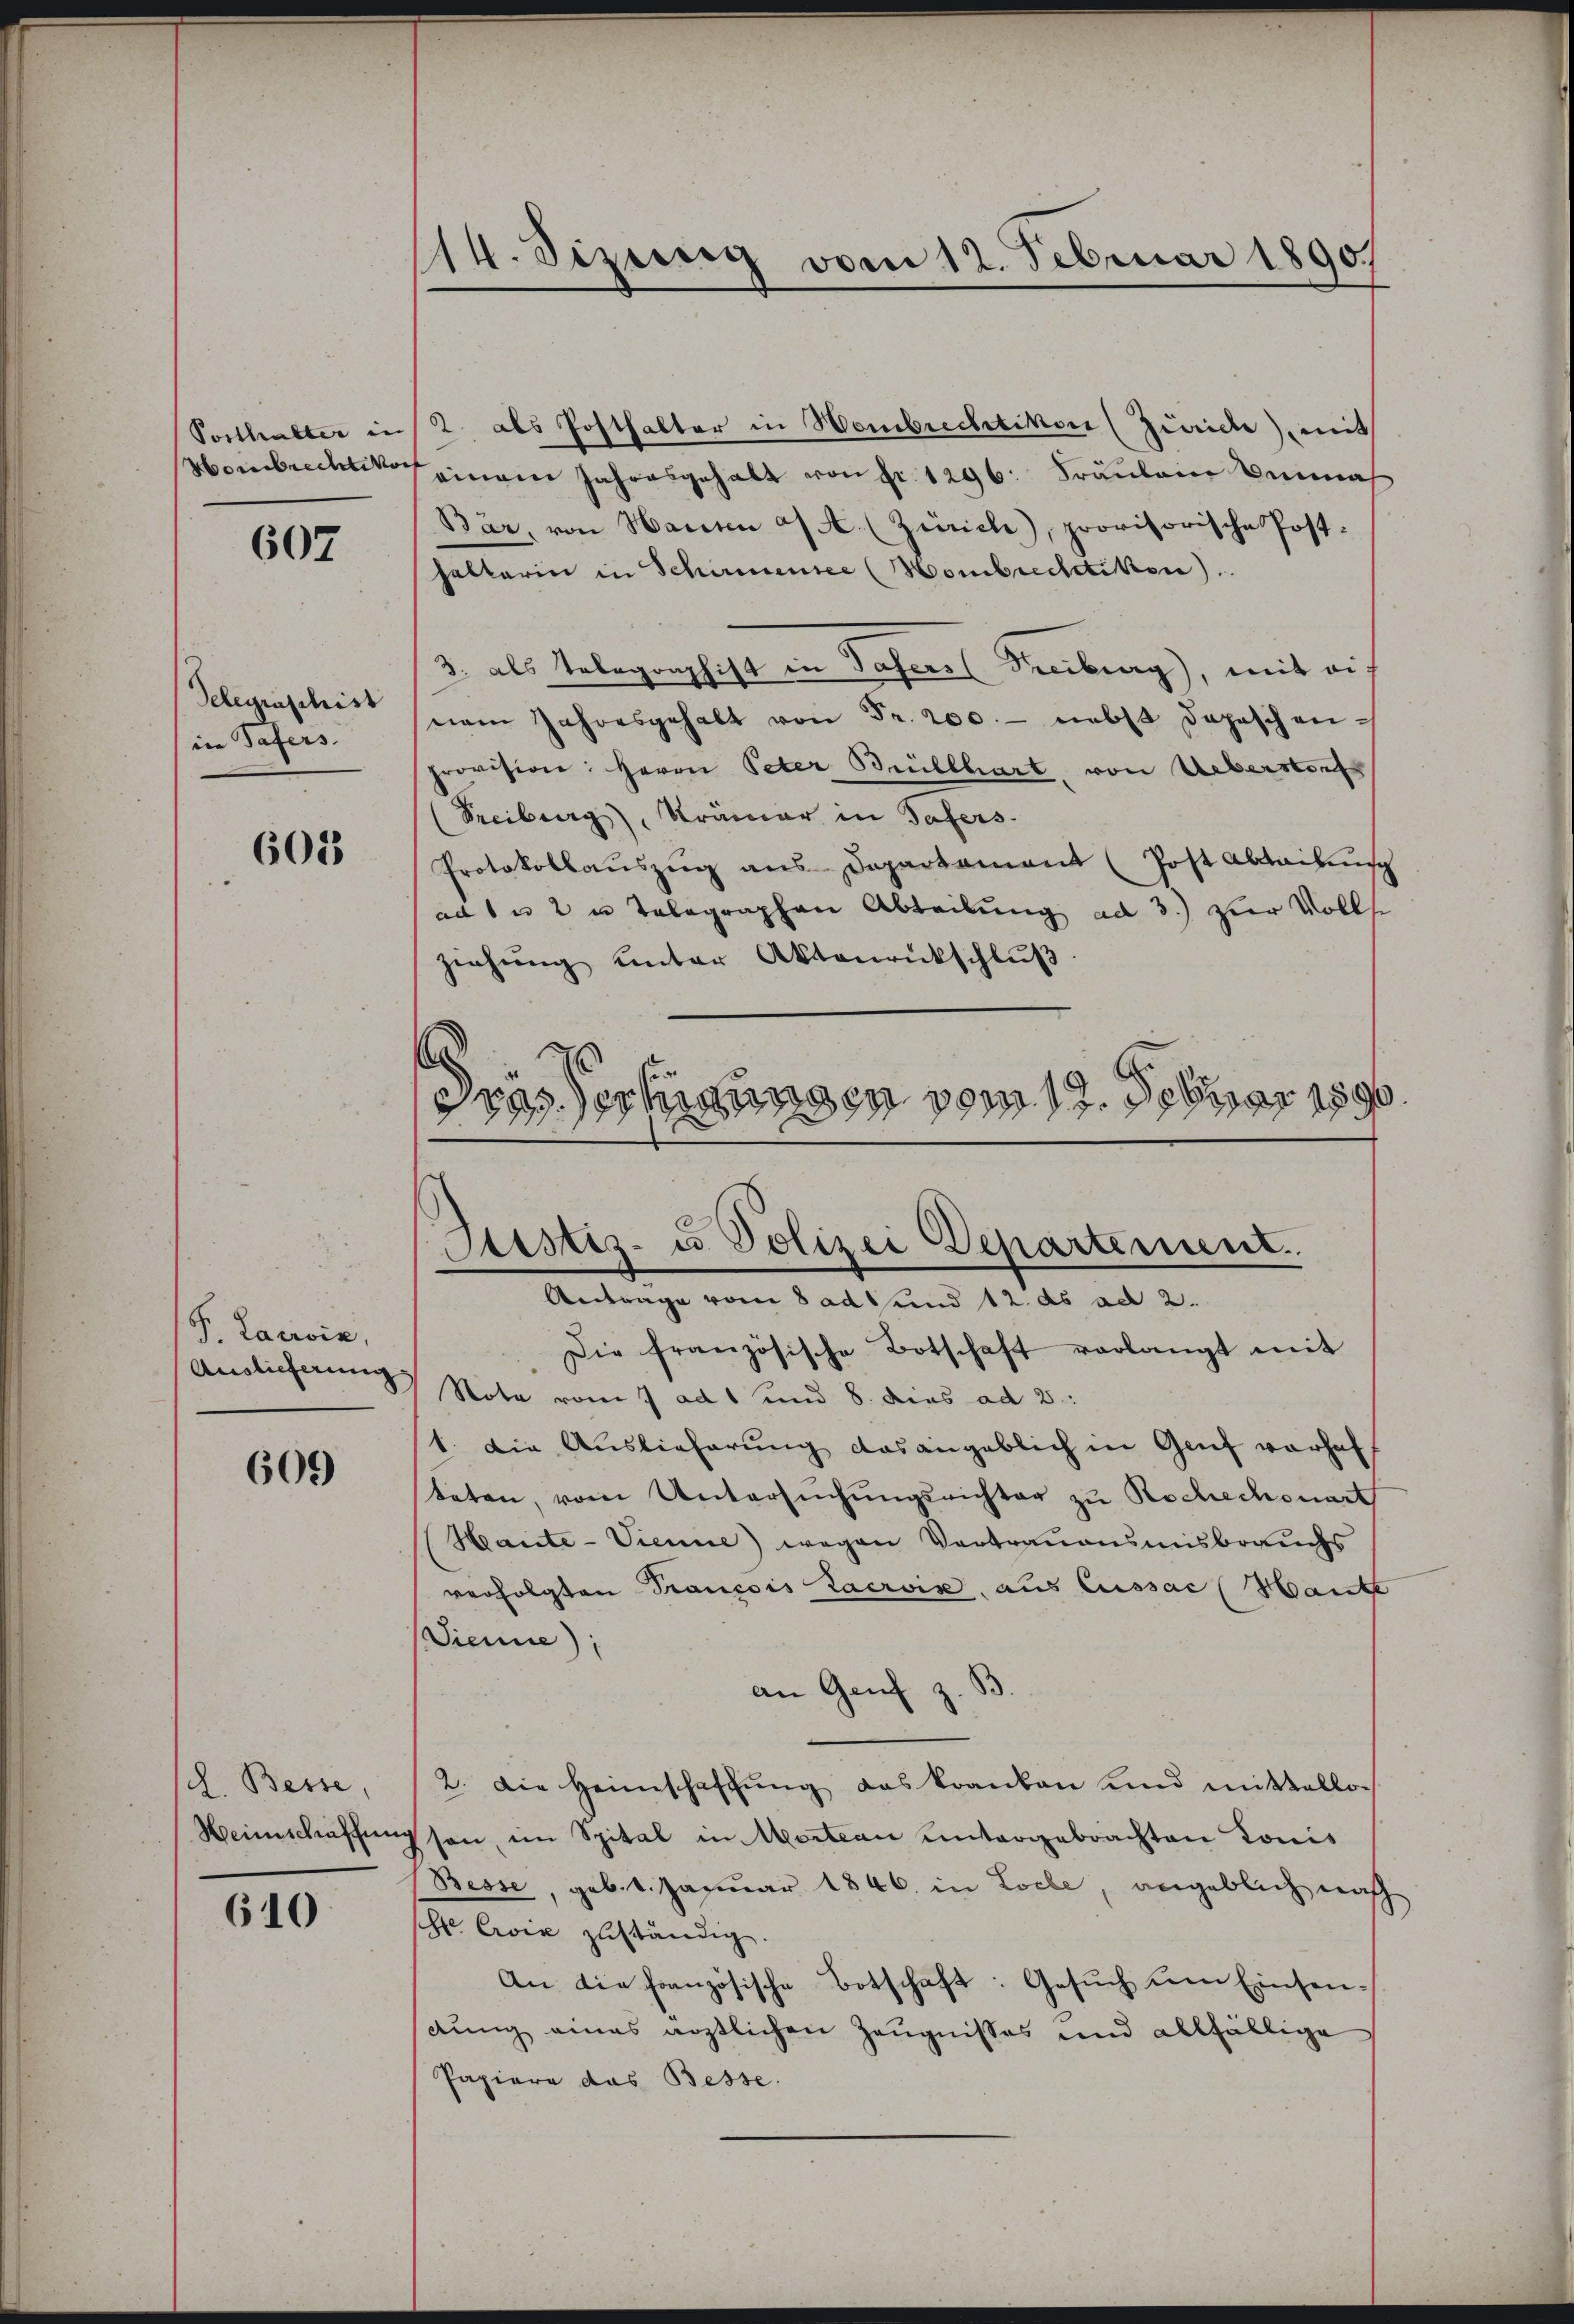
Posthalter in |

607

Telegraphist
ine Tafers.

601

P. Lacivin,
Auslicherung

609

/d. Besse,
Weinschaffung

610

114. dizung vom 12. Februar 1890.

2. als Posthalter in Hombrechtikon (Zürich) mit
Hombrechtikon einem Jahresgehalt von Fr. 1296. Fräulein ma
Bär, von Hausen a/A. (Zürich), provisorische Post-
halterin in Schirmensee (Hombrechtikon)
3. als Telegraphist in Pasers Freiburg), mit ei
nem Jahresgehalt von Fr. 200. - nebst Depeschen
provision: Herrn Peter Brüllhart, von Ueberstorf
(Freiburg, Krämer in Tafers.
Protokollaŭszŭg aŭs-Departement (Post Abteilung
ad 1. 2 u Telegraphen Abteilung ad 3.) zur Volls
ziehung unter Aktenrückschlŭβ
Drässertigungen vom 19. Febuar 1890.

Sistiz- u. Polizei Departement.
Antrage vom 8 ad und 12. ds ad 2.

Die französische Botschaft verlangt mit
Stote vom 7 ad 1 und 8. dies ad 2:
1. Die Auslieferung das angeblich in Genf vorhaft
teten, vom Untersŭchŭngsrichter zu Rochechouart
Hante-Vienne) wegen Vertrauensmisbrauchs
verfolgten Trancois Lacroix, aus Lussac (Hante
Sienne);
an Genf z. S
2. Die Heimschaffŭng das kranken und mittellos
son, im Spital in Mortan untergebrachten Tonis
Besse, geb. 1. Januar 1846. in Loche, angeblich nach
hr. Croix zuständig.
An die französische Botschaft: Gesŭch um Einsendung eines ärztlichen Zeugnisses und allfällige
Papiere das Besse.